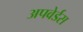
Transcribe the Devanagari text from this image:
अपवेर्डस